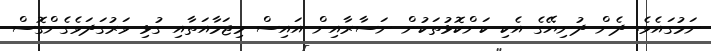
ނަމުގައެވެ. ދެން ދުނިޔޭގެ އެކި ކަންކޮޅުތަކުން ނަސާރާއިން އައިސް މިޖަމާއަތާއި ގުޅި ވަރުގަދަވެގެންގޮސް